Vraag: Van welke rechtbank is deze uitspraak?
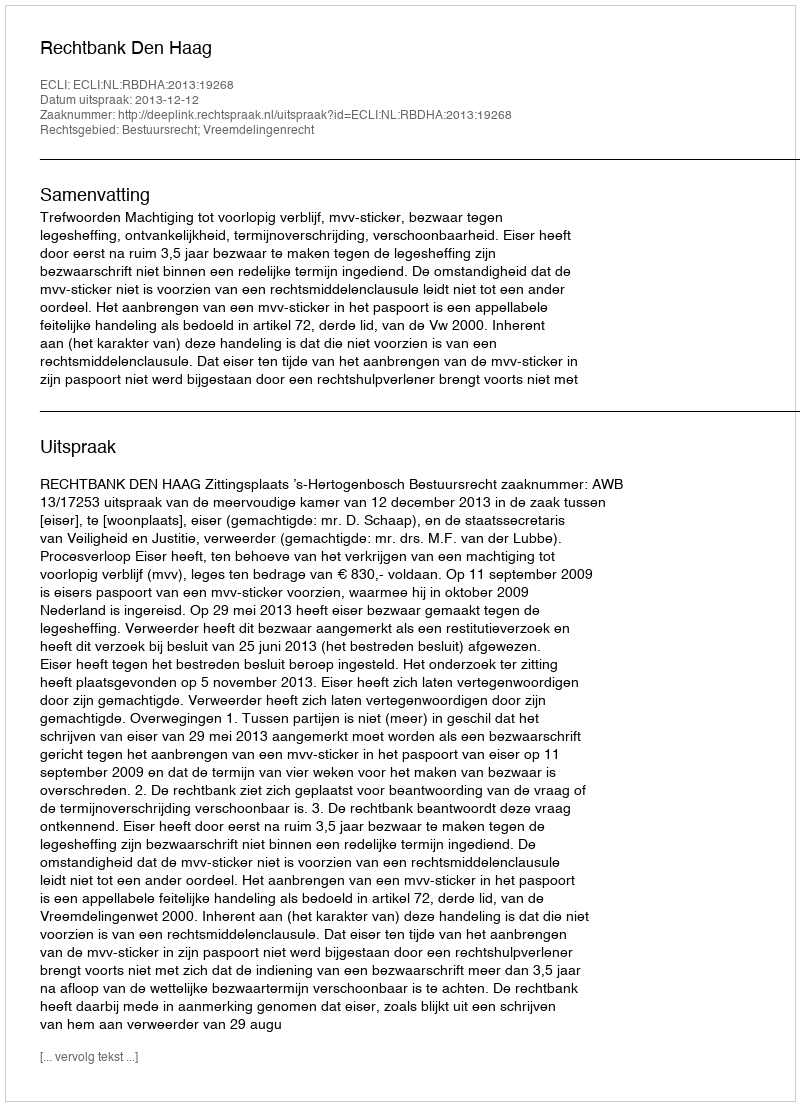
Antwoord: Rechtbank Den Haag